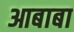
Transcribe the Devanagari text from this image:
आबाबा